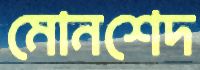
মোনশেদ